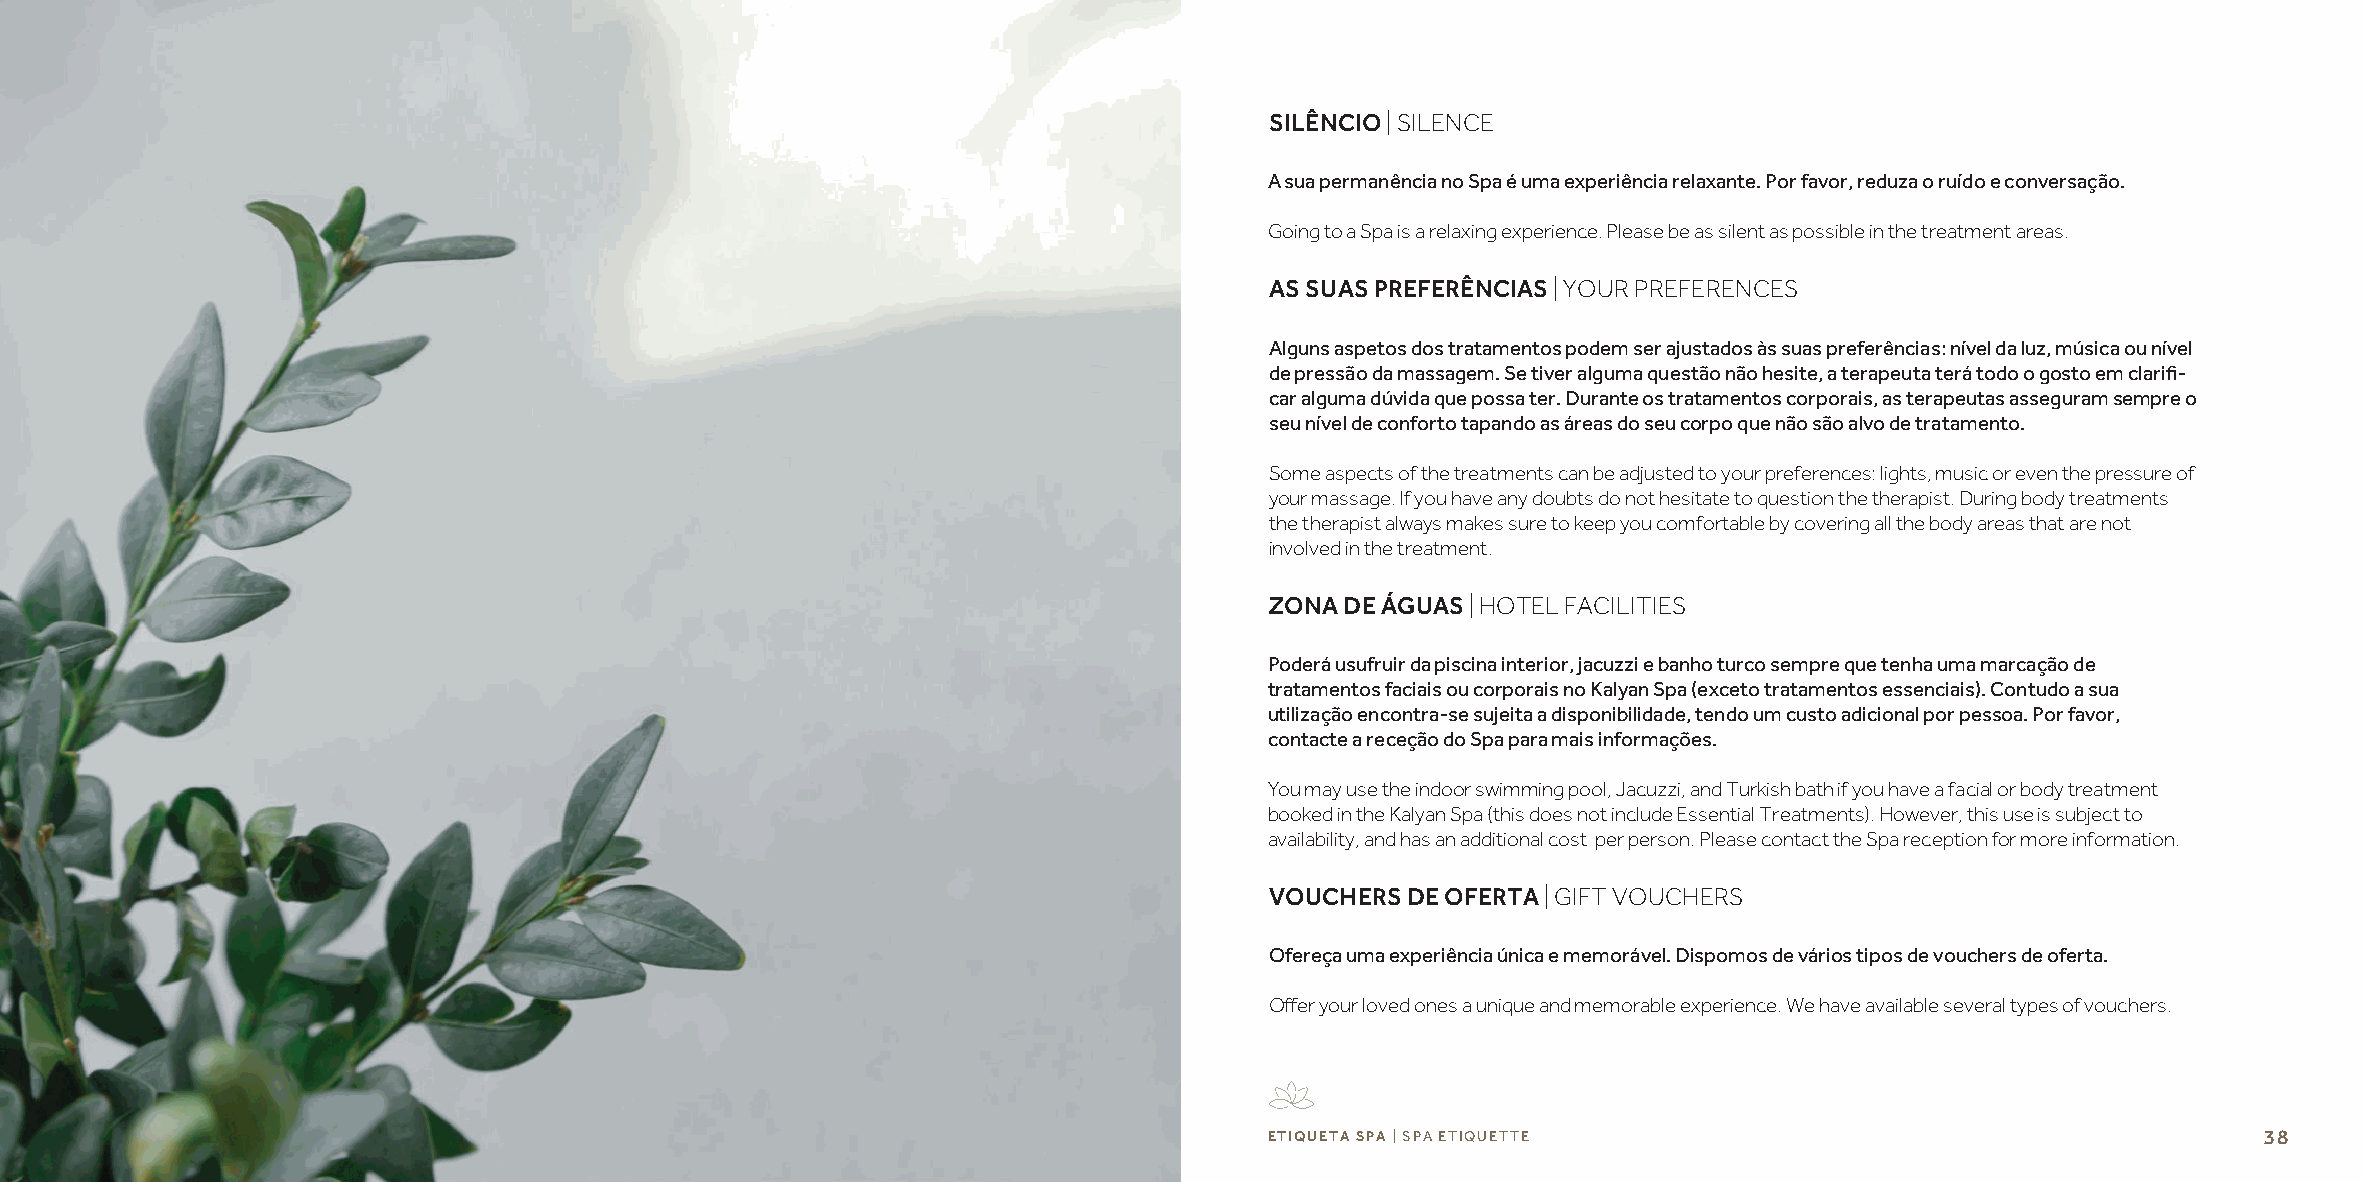
SILÊNCIO | SILENCE
 A sua permanência no Spa é uma experiência relaxante. Por favor, reduza o ruído e conversação.
 Going to a Spa is a relaxing experience. Please be as silent as possible in the treatment areas.
 AS SUAS PREFERÊNCIAS | YOUR PREFERENCES
 Alguns aspetos dos tratamentos podem ser ajustados às suas preferências: nível da luz, música ou nível
 de pressão da massagem. Se tiver alguma questão não hesite, a terapeuta terá todo o gosto em clarifi-
 car alguma dúvida que possa ter. Durante os tratamentos corporais, as terapeutas asseguram sempre o
 seu nível de conforto tapando as áreas do seu corpo que não são alvo de tratamento.
 Some aspects of the treatments can be adjusted to your preferences: lights, music or even the pressure of
 your massage. If you have any doubts do not hesitate to question the therapist. During body treatments
 the therapist always makes sure to keep you comfortable by covering all the body areas that are not
 involved in the treatment.
 ZONA DE ÁGUAS | HOTEL FACILITIES
 Poderá usufruir da piscina interior, jacuzzi e banho turco sempre que tenha uma marcação de
 tratamentos faciais ou corporais no Kalyan Spa (exceto tratamentos essenciais). Contudo a sua
 utilização encontra-se sujeita a disponibilidade, tendo um custo adicional por pessoa. Por favor,
 contacte a receção do Spa para mais informações.
 You may use the indoor swimming pool, Jacuzzi, and Turkish bath if you have a facial or body treatment
 booked in the Kalyan Spa (this does not include Essential Treatments). However, this use is subject to
 availability, and has an additional cost per person. Please contact the Spa reception for more information.
 VOUCHERS DE OFERTA | GIFT VOUCHERS
 Ofereça uma experiência única e memorável. Dispomos de vários tipos de vouchers de oferta.
 Offer your loved ones a unique and memorable experience. We have available several types of vouchers.
 ETIQUETA SPA | SPA ETIQUETTE                                      38